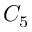
C _ { 5 }